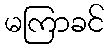
မကြာခင်